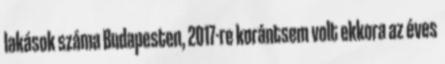
lakások száma Budapesten, 2017-re korántsem volt ekkora az éves